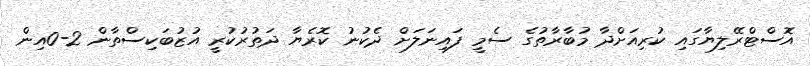
އޮސްޓްރޭލިޔާގައި ކުރިއަށްދާ މުބާރާތުގެ ސެމީ ފައިނަލަށް ދެކުނު ކޮރެޔާ ދަތުރުކުރީ އުޒުބަކިސްތާން 2-0އިން